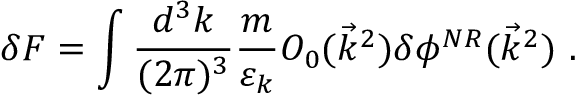
\delta F = \int \frac { d ^ { 3 } k } { ( 2 \pi ) ^ { 3 } } \frac { m } { \varepsilon _ { k } } O _ { 0 } ( \vec { k } ^ { 2 } ) \delta \phi ^ { N R } ( \vec { k } ^ { 2 } ) \mathrm { ~ . }